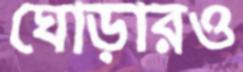
ঘোড়ারও